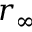
r _ { \infty }